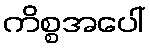
ကိစ္စအပေါ်